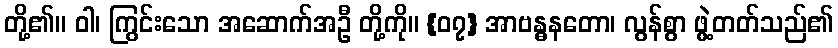
တို့၏။ ဝါ၊ ကြွင်းသော အဆောက်အဦ တို့ကို။ {၀၇} အာဗန္ဓနတော၊ လွန်စွာ ဖွဲ့တတ်သည်၏